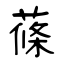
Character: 蓧